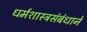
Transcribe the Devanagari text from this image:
धर्मशास्त्रसंबंधाने